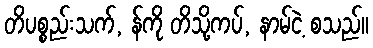
တိပစ္စည်းသက်, န်ကို တိသို့ကပ်, နာမ်ငဲ့ စသည်။